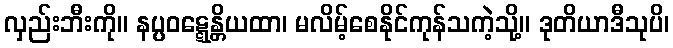
လှည်းဘီးကို။ နပ္ပဝဋ္ဋေန္တိယထာ၊ မလိမ့်စေနိုင်ကုန်သကဲ့သို့။ ဒုတိယာဒီသုပိ၊